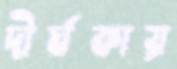
দীর্ঘকায়